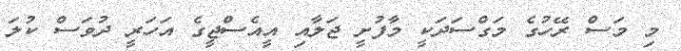
މި މަސް ރޭހުގެ މަގްސަދަކީ މާފުށީ ޖަލާއި އީއެސްޖީގެ އަހަރީ ދުވަސް ކުލަ